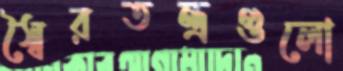
স্বৈরতন্ত্রগুলো